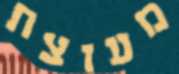
מעוצת